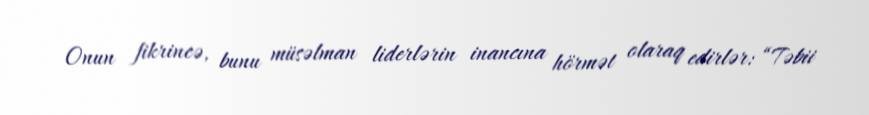
Onun fikrincə, bunu müsəlman liderlərin inancına hörmət olaraq edirlər: “Təbii